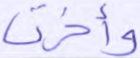
وأخرت